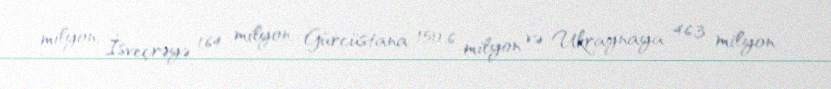
milyon, İsveçrəyə 164 milyon, Gürcüstana 150,6 milyon və Ukraynaya 46,3 milyon